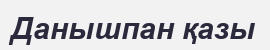
Данышпан қазы